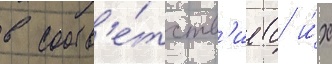
в соотв'е́тств'ие с и́х